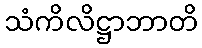
သံကိလိဋ္ဌာဘာတိ